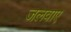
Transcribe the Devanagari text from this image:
जलवाए